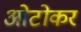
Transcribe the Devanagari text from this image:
ओटोकर